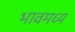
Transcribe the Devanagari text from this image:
भावमध्य